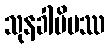
သုနခါပိမဿ